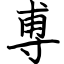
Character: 尃